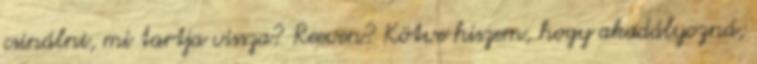
csinálni, mi tartja vissza? Reeven? Kötve hiszem, hogy akadályozná;